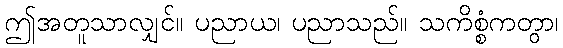
ဤအတူသာလျှင်။ ပညာယ၊ ပညာသည်။ သကိစ္စံကတွာ၊